Vaccine operations Central Provinces 1900-1911 - 1900-1911
Year: 1900
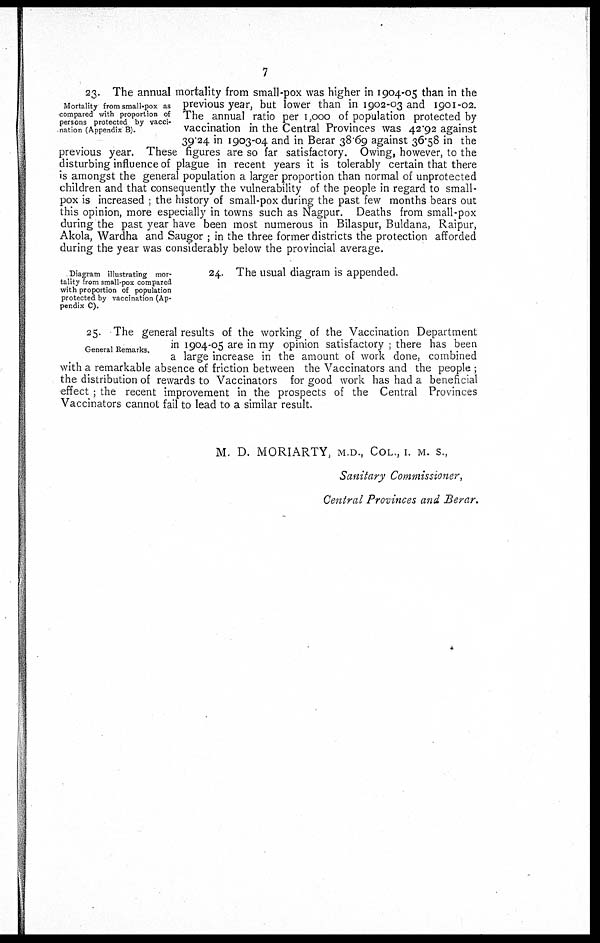
7
Mortality from small-pox as
compared with proportion of
persons protected by vacci-
nation (Appendix B).
23. The annual mortality from small-pox was higher in 1904-05 than in the
previous year, but lower than in 1902-03 and 1901-02.
The annual ratio per 1,000 of population protected by
vaccination in the Central Provinces was 42.92 against
39.24 in 1903-04 and in Berar 38.69 against 36.58 in the
previous year. These figures are so far satisfactory. Owing, however, to the
disturbing influence of plague in recent years it is tolerably certain that there
is amongst the general population a larger proportion than normal of unprotected
children and that consequently the vulnerability of the people in regard to small-
pox is increased ; the history of small-pox during the past few months bears out
this opinion, more especially in towns such as Nagpur. Deaths from small-pox
during the past year have been most numerous in Bilaspur, Buldana, Raipur,
Akola, Wardha and Saugor ; in the three former districts the protection afforded
during the year was considerably below the provincial average.
Diagram illustrating mor-
tality from small-pox compared
with proportion of population
protected by vaccination (Ap-
pendix C).
24. The usual diagram is appended.
General Remarks.
25. The general results of the working of the Vaccination Department
in 1904-05 are in my opinion satisfactory ; there has been
a large increase in the amount of work done, combined
with a remarkable absence of friction between the Vaccinators and the people ;
the distribution of rewards to Vaccinators for good work has had a beneficial
effect ; the recent improvement in the prospects of the Central Provinces
Vaccinators cannot fail to lead to a similar result.
M. D. MORIARTY, M.D., COL., I. M. S.,
Sanitary Commissioner,
Central Provinces and Berar.